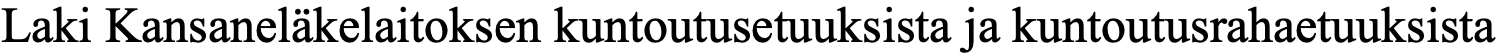
Laki Kansaneläkelaitoksen kuntoutusetuuksista ja kuntoutusrahaetuuksista